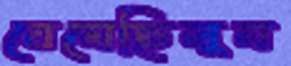
ঘেমেছিলুম